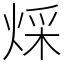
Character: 𤊕